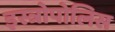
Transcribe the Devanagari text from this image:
इस्त्रोपोलिस